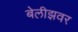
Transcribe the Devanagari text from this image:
बेलीझवर